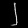
Digit: ၂